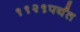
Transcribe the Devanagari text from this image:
११२९पर्यंत